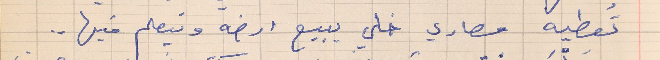
تُعطيه مصاري خلي يبيع ارضه ويتعلم فيها . .